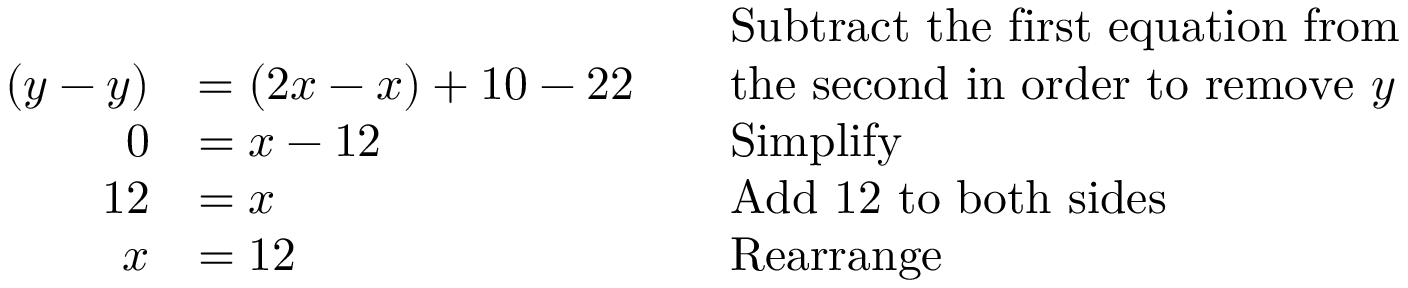
{ \begin{array} { r l r l } & { } & & { { \mathrm { S u b t r a c t ~ t h e ~ f i r s t ~ e q u a t i o n ~ f r o m } } } \\ { ( y - y ) } & { = ( 2 x - x ) + 1 0 - 2 2 } & & { { \mathrm { t h e ~ s e c o n d ~ i n ~ o r d e r ~ t o ~ r e m o v e ~ } } y } \\ { 0 } & { = x - 1 2 } & & { { \mathrm { S i m p l i f y } } } \\ { 1 2 } & { = x } & & { { \mathrm { A d d ~ 1 2 ~ t o ~ b o t h ~ s i d e s } } } \\ { x } & { = 1 2 } & & { { \mathrm { R e a r r a n g e } } } \end{array} }